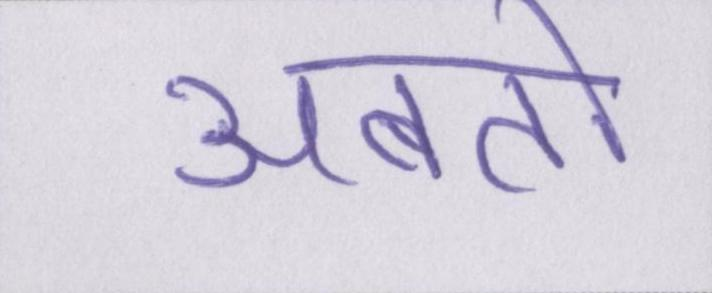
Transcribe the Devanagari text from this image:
अबतो